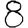
Digit: 8